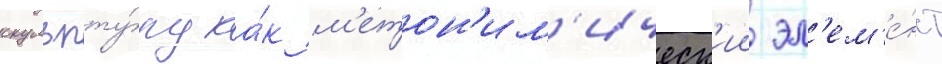
скульпту́ру ка́к м'етон'им'ическ'ии эл'ем'е́нт